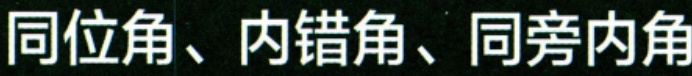
同位角、内错角、同旁内角